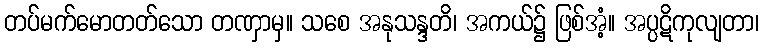
တပ်မက်မောတတ်သော တဏှာမှ။ သစေ အနုသန္ဒတိ၊ အကယ်၌ ဖြစ်အံ့။ အပ္ပဋိကုလျတာ၊